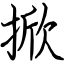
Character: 掀